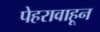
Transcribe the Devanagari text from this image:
पेहरावाहून